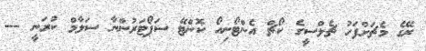
ރޭގެ މެޗަށްފަހު ޗެލްސީގެ ކޯޗް އެންޓޯނިއޯ ކޮންޓޭ ސަޕޯޓަރުންނާ ސަލާމް ކުރަނީ ---